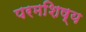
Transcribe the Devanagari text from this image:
परमशिष्य